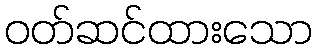
ဝတ်ဆင်ထားသော